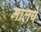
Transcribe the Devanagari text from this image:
मालपे